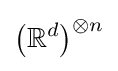
{\big (}\mathbb {R} ^{d}{\big )}^{\otimes n}